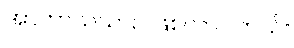
အာကာသယာဉ် ဖြစ်လာပါတယ်။